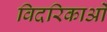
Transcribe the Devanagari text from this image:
विदरिकाओं